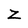
Character: Z